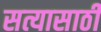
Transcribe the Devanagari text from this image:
सत्यासाठीं